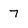
Character: 7